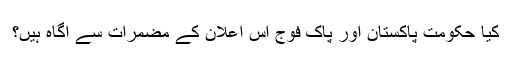
کیا حکومت پاکستان اور پاک فوج اس اعلان کے مضمرات سے آگاہ ہیں؟